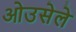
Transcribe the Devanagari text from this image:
ओउसेले